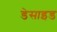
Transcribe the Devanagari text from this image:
डेसाइड